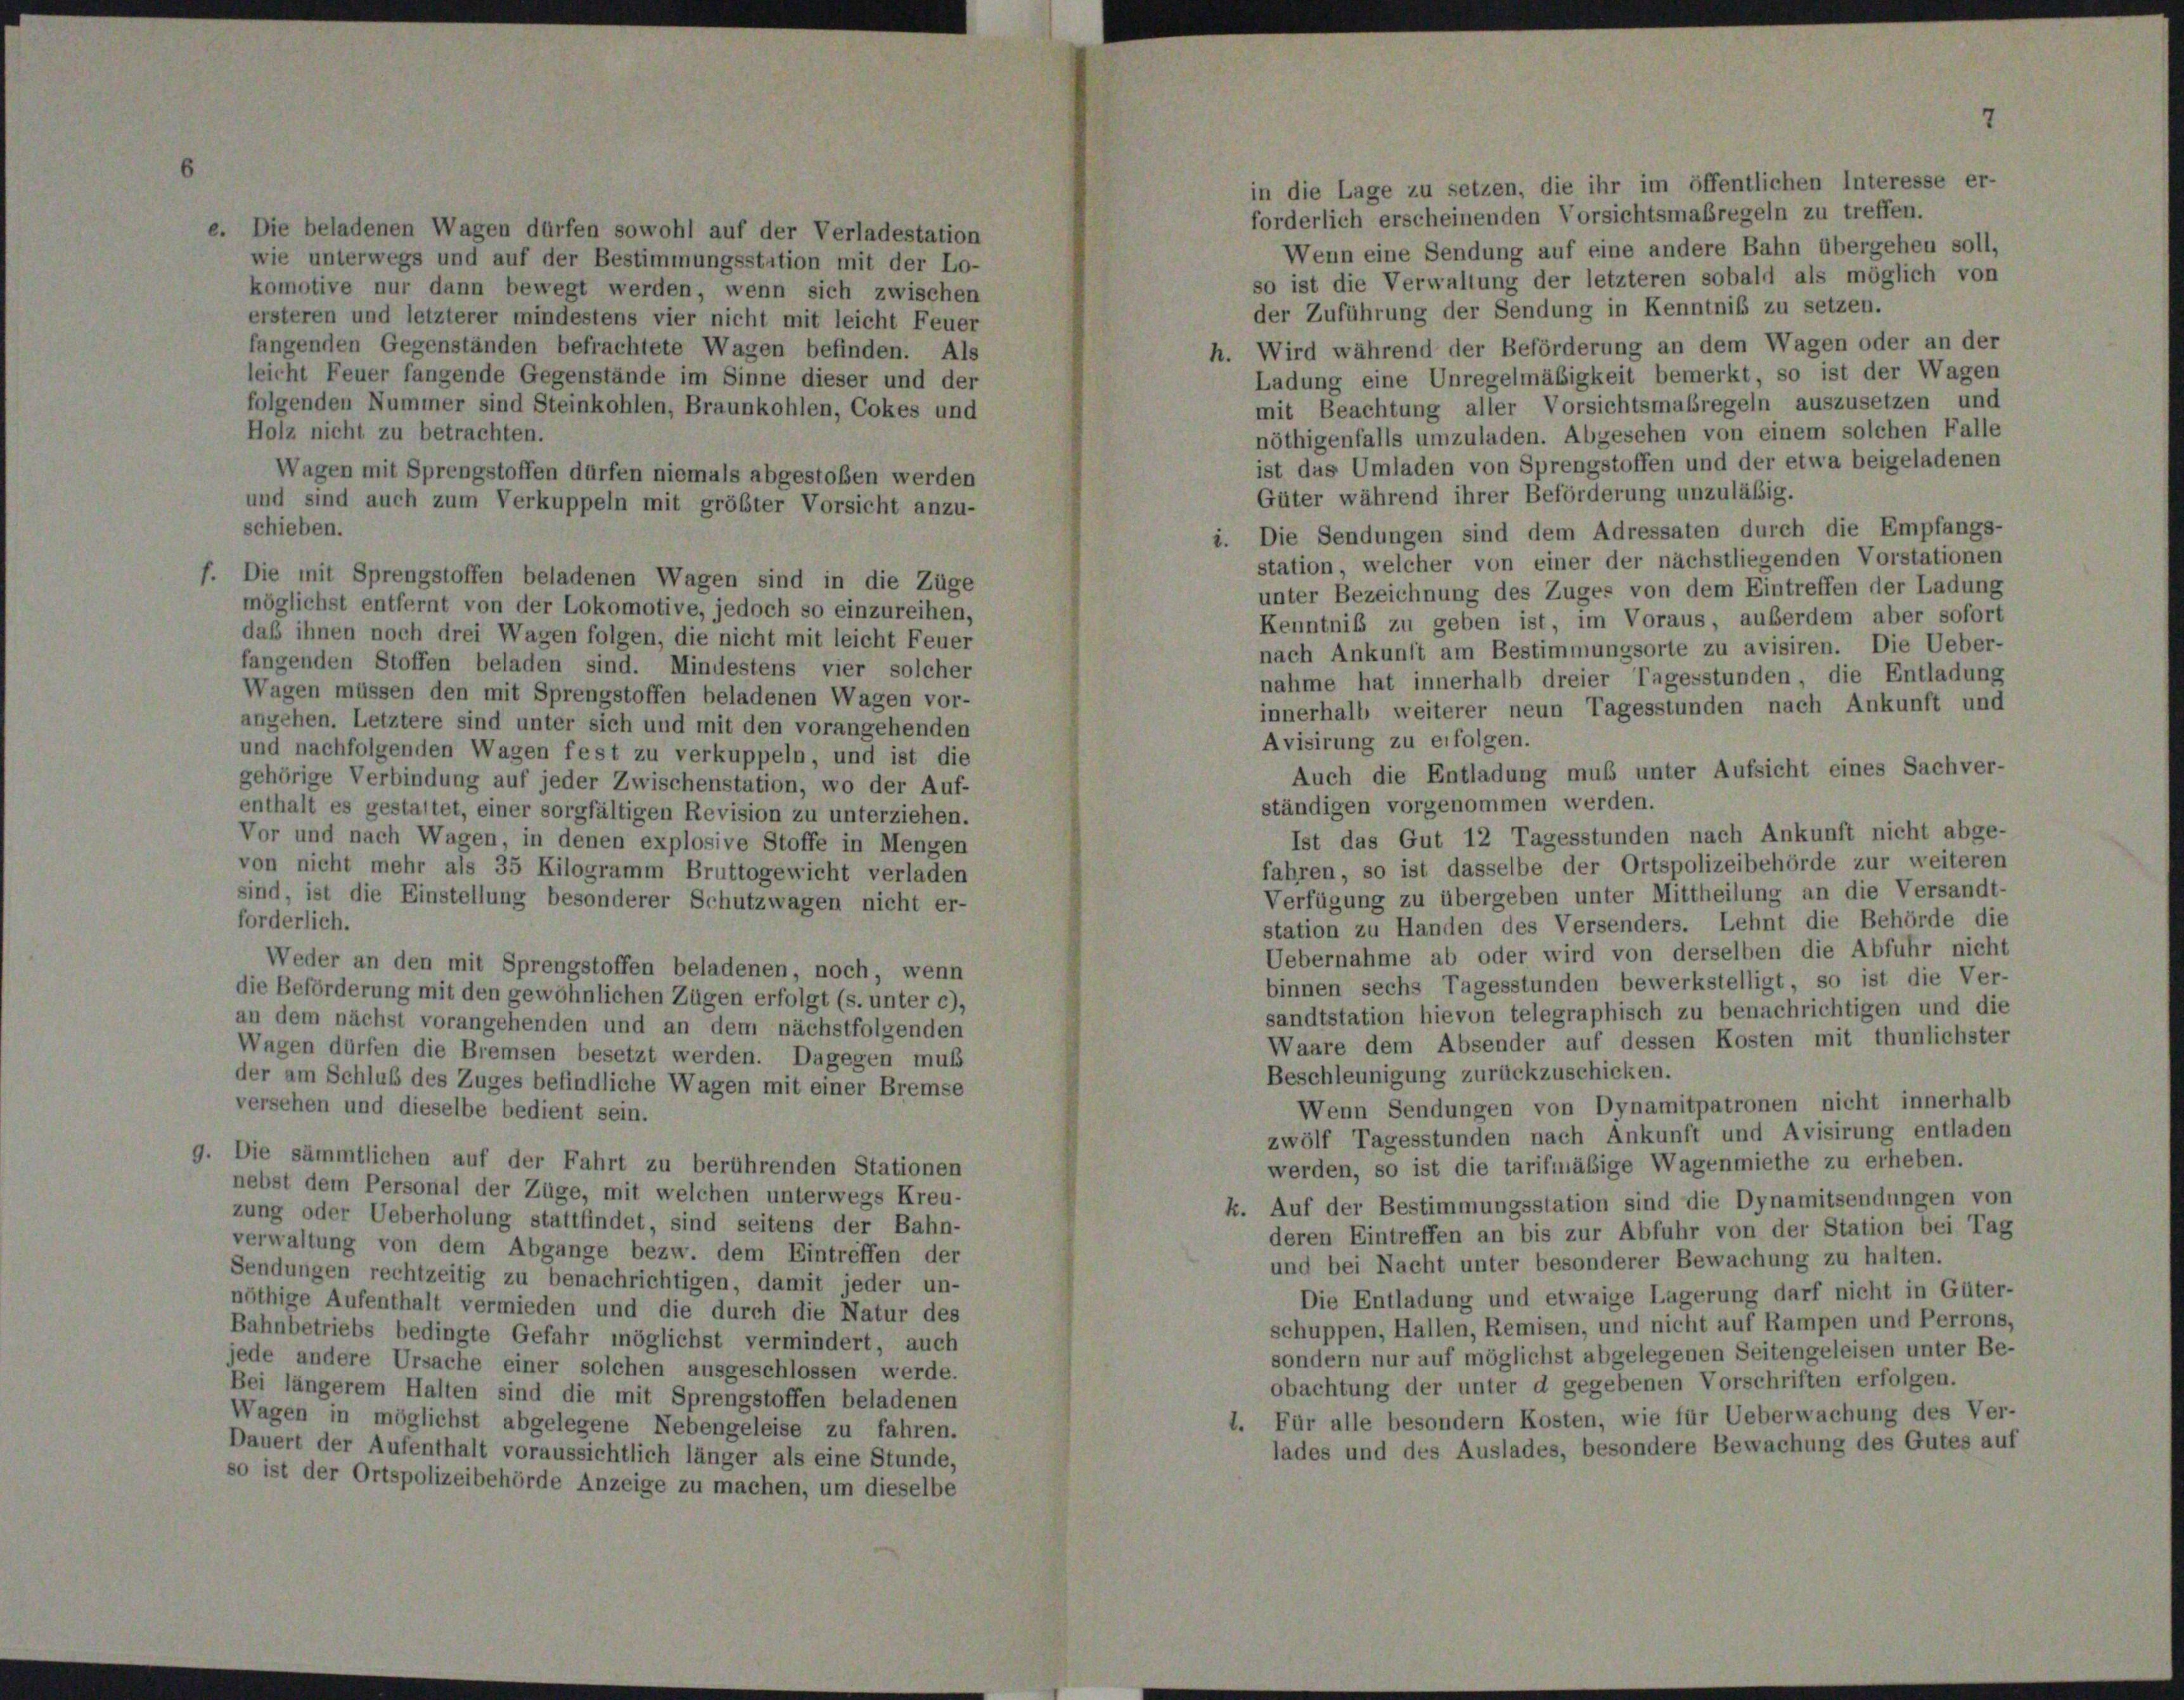
in die Lage zu setzen, die ihr im öffentlichen Interesse er-
forderlich erscheinenden Vorsichtsmaßregeln zu treffen.
Die beladenen Wagen dürfen sowohl auf der Verladestation
Wenn eine Sendung auf eine andere Bahn übergehen soll,
wie unterwegs und auf der Bestimmungsstation mit der Lo-
so ist die Verwaltung der letzteren sobald als möglich von
komotive nur dann bewegt werden, wenn sich zwischen
der Zuführung der Sendung in Kenntniß zu setzen.
ersteren und letzterer mindestens vier nicht mit leicht Feuer
fangenden Gegenständen befrachtete Wagen befinden. Als
h. Wird während der Beförderung an dem Wagen oder an der
Ladung eine Unregelmäßigkeit bemerkt, so ist der Wagen
leicht Feuer fangende Gegenstände im Sinne dieser und der
mit Beachtung aller Vorsichtsmaßregeln auszusetzen und
folgenden Nummer sind Steinkohlen, Braunkohlen, Cokes und
Holz nicht zu betrachten.
nöthigenfalls umzuladen. Abgesehen von einem solchen Falle
ist das Umladen von Sprengstoffen und der etwa beigeladenen
Wagen mit Sprengstoffen dürfen niemals abgestoßen werden
Güter während ihrer Beförderung unzuläßig.
und sind auch zum Verkuppeln mit größter Vorsicht anzu-
schieben.
i. Die Sendungen sind dem Adressaten durch die Empfangs-
station, welcher von einer der nächstliegenden Vorstationen
Die mit Sprengstoffen beladenen Wagen sind in die Züge
unter Bezeichnung des Zuges von dem Eintreffen der Ladung
möglichst entfernt von der Lokomotive, jedoch so einzureihen,
Kenntniß zu geben ist, im Voraus, außerdem aber sofort
daß ihnen noch drei Wagen folgen, die nicht mit leicht Feuer
nach Ankunft am Bestimmungsorte zu avisiren. Die Ueber-
fangenden Stoffen beladen sind. Mindestens vier solcher
nahme hat innerhalb dreier Tagesstunden, die Entladung
Wagen müssen den mit Sprengstoffen beladenen Wagen vor-
innerhalb weiterer neun Tagesstunden nach Ankunft und
angehen. Letztere sind unter sich und mit den vorangehenden
Avisirung zu erfolgen.
und nachfolgenden Wagen fest zu verkuppeln, und ist die
Auch die Entladung muß unter Aufsicht eines Sachver-
gehörige Verbindung auf jeder Zwischenstation, wo der Auf-
ständigen vorgenommen werden.
enthalt es gestaltet, einer sorgfältigen Revision zu unterziehen.
Ist das Gut 12 Tagesstunden nach Ankunft nicht abge-
Vor und nach Wagen, in denen explosive Stoffe in Mengen
fahren, so ist dasselbe der Ortspolizeibehörde zur weiteren
von nicht mehr als 35 Kilogramm Bruttogewicht verladen
Verfügung zu übergeben unter Mittheilung an die Versandt-
sind, ist die Einstellung besonderer Schutzwagen nicht er-
forderlich.
station zu Handen des Versenders. Lehnt die Behörde die
Uebernahme ab oder wird von derselben die Abfuhr nicht
Weder an den mit Sprengstoffen beladenen, noch, wenn
binnen sechs Tagesstunden bewerkstelligt, so ist die Ver-
die Beförderung mit den gewöhnlichen Zügen erfolgt (s. unter c),
sandtstation hievon telegraphisch zu benachrichtigen und die
an dem nächst vorangehenden und an dem nächstfolgenden
Waare dem Absender auf dessen Kosten mit thunlichster
Wagen dürfen die Bremsen besetzt werden. Dagegen muß
Beschleunigung zurückzuschicken.
der am Schluß des Zuges befindliche Wagen mit einer Bremse
Wenn Sendungen von Dynamitpatronen nicht innerhalb
versehen und dieselbe bedient sein.
zwölf Tagesstunden nach Ankunft und Avisirung entladen
Die sämmtlichen auf der Fahrt zu berührenden Stationen
werden, so ist die tarifmäßige Wagenmiethe zu erheben.
nebst dem Personal der Züge, mit welchen unterwegs Kreu-
k. Auf der Bestimmungsstation sind die Dynamitsendungen von
zung oder Ueberholung stattfindet, sind seitens der Bahn-
deren Eintreffen an bis zur Abfuhr von der Station bei Tag
verwaltung von dem Abgange bezw. dem Eintreffen der
und bei Nacht unter besonderer Bewachung zu halten.
Sendungen rechtzeitig zu benachrichtigen, damit jeder un-
Die Entladung und etwaige Lagerung darf nicht in Güter-
nöthige Aufenthalt vermieden und die durch die Natur des
schuppen, Hallen, Remisen, und nicht auf Rampen und Perrons,
Bahnbetriebs bedingte Gefahr möglichst vermindert, auch
sondern nur auf möglichst abgelegenen Seitengeleisen unter Be-
jede andere Ursache einer solchen ausgeschlossen werde.
obachtung der unter d gegebenen Vorschriften erfolgen.
Bei längerem Halten sind die mit Sprengstoffen beladenen
1. Für alle besondern Kosten, wie für Ueberwachung des Ver-
Wagen in möglichst abgelegene Nebengeleise zu fahren.
lades und des Auslades, besondere Bewachung des Gutes auf
Dauert der Aufenthalt voraussichtlich länger als eine Stunde,
so ist der Ortspolizeibehörde Anzeige zu machen, um dieselbe